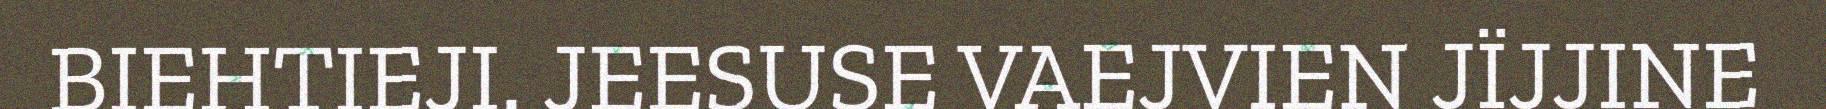
BIEHTIEJI. JEESUSE VAEJVIEN JÏJJINE